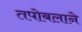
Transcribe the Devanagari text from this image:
तपोबलाने